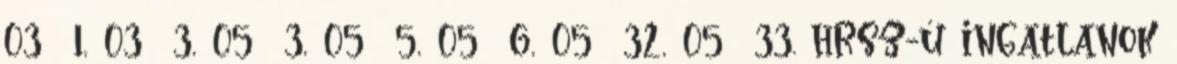
03 1, 03 3, 05 3, 05 5, 05 6, 05 32, 05 33. hrsz-ú ingatlanok